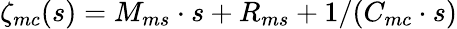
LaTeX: \zeta_{mc}(s)=M_{ms}\cdot s+R_{ms}+1/(C_{mc}\cdot s)